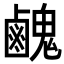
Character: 䴜